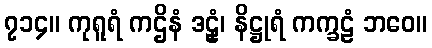
၇၁၄။ ကုရူရံ ကဌိနံ ဒဠှံ၊ နိဋ္ဌုရံ ကက္ခဠံ ဘဝေ။